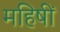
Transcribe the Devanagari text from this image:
महिषीं